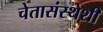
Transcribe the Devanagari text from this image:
चेतासंस्थेशी